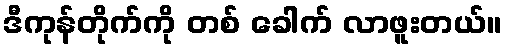
ဒီကုန်တိုက်ကို တစ် ခေါက် လာဖူးတယ်။